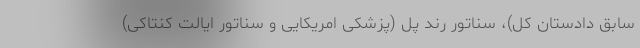
سابق دادستان کل)، سناتور رند پل (پزشکی امریکایی و سناتور ایالت کنتاکی)